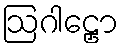
ဩဂါဠှော